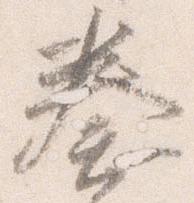
奏